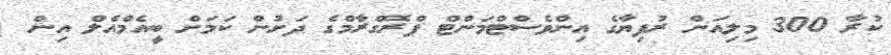
ކުރާ 300 މިލިއަން ރުފިޔާގެ އިންވެސްޓްމަންޓް ޕްރޮގްރާމްގެ ދަށުން ކަމަށް ބީއެމްއެލް އިން